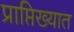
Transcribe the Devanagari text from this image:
प्राप्तिख्यात